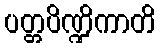
ပတ္တပိဏ္ဍိကာတိ